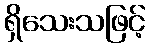
ရှိသေးသဖြင့်